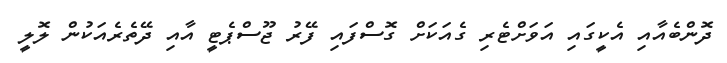
ދޮންބެއާއި އެކީގައި އަވަށްޓެރި ގެއަކަށް ގޮސްފައި ފޭރު ޖޫސްޕެޓީ އާއި ދޭތެރެއަކުން ލޮލީ